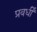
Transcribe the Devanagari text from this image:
प्रवर्धी